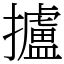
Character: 攎